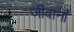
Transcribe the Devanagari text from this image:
जीवानां